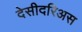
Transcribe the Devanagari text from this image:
देसीदरिअस